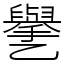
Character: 㐦